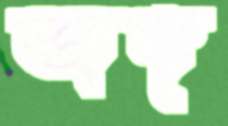
জঙ্গ